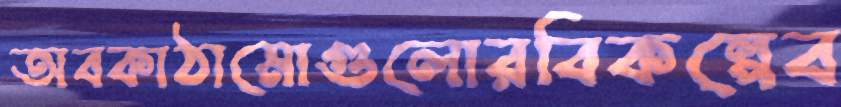
অবকাঠামোগুলোরবিকল্পেব